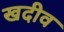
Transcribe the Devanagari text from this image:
खदीव